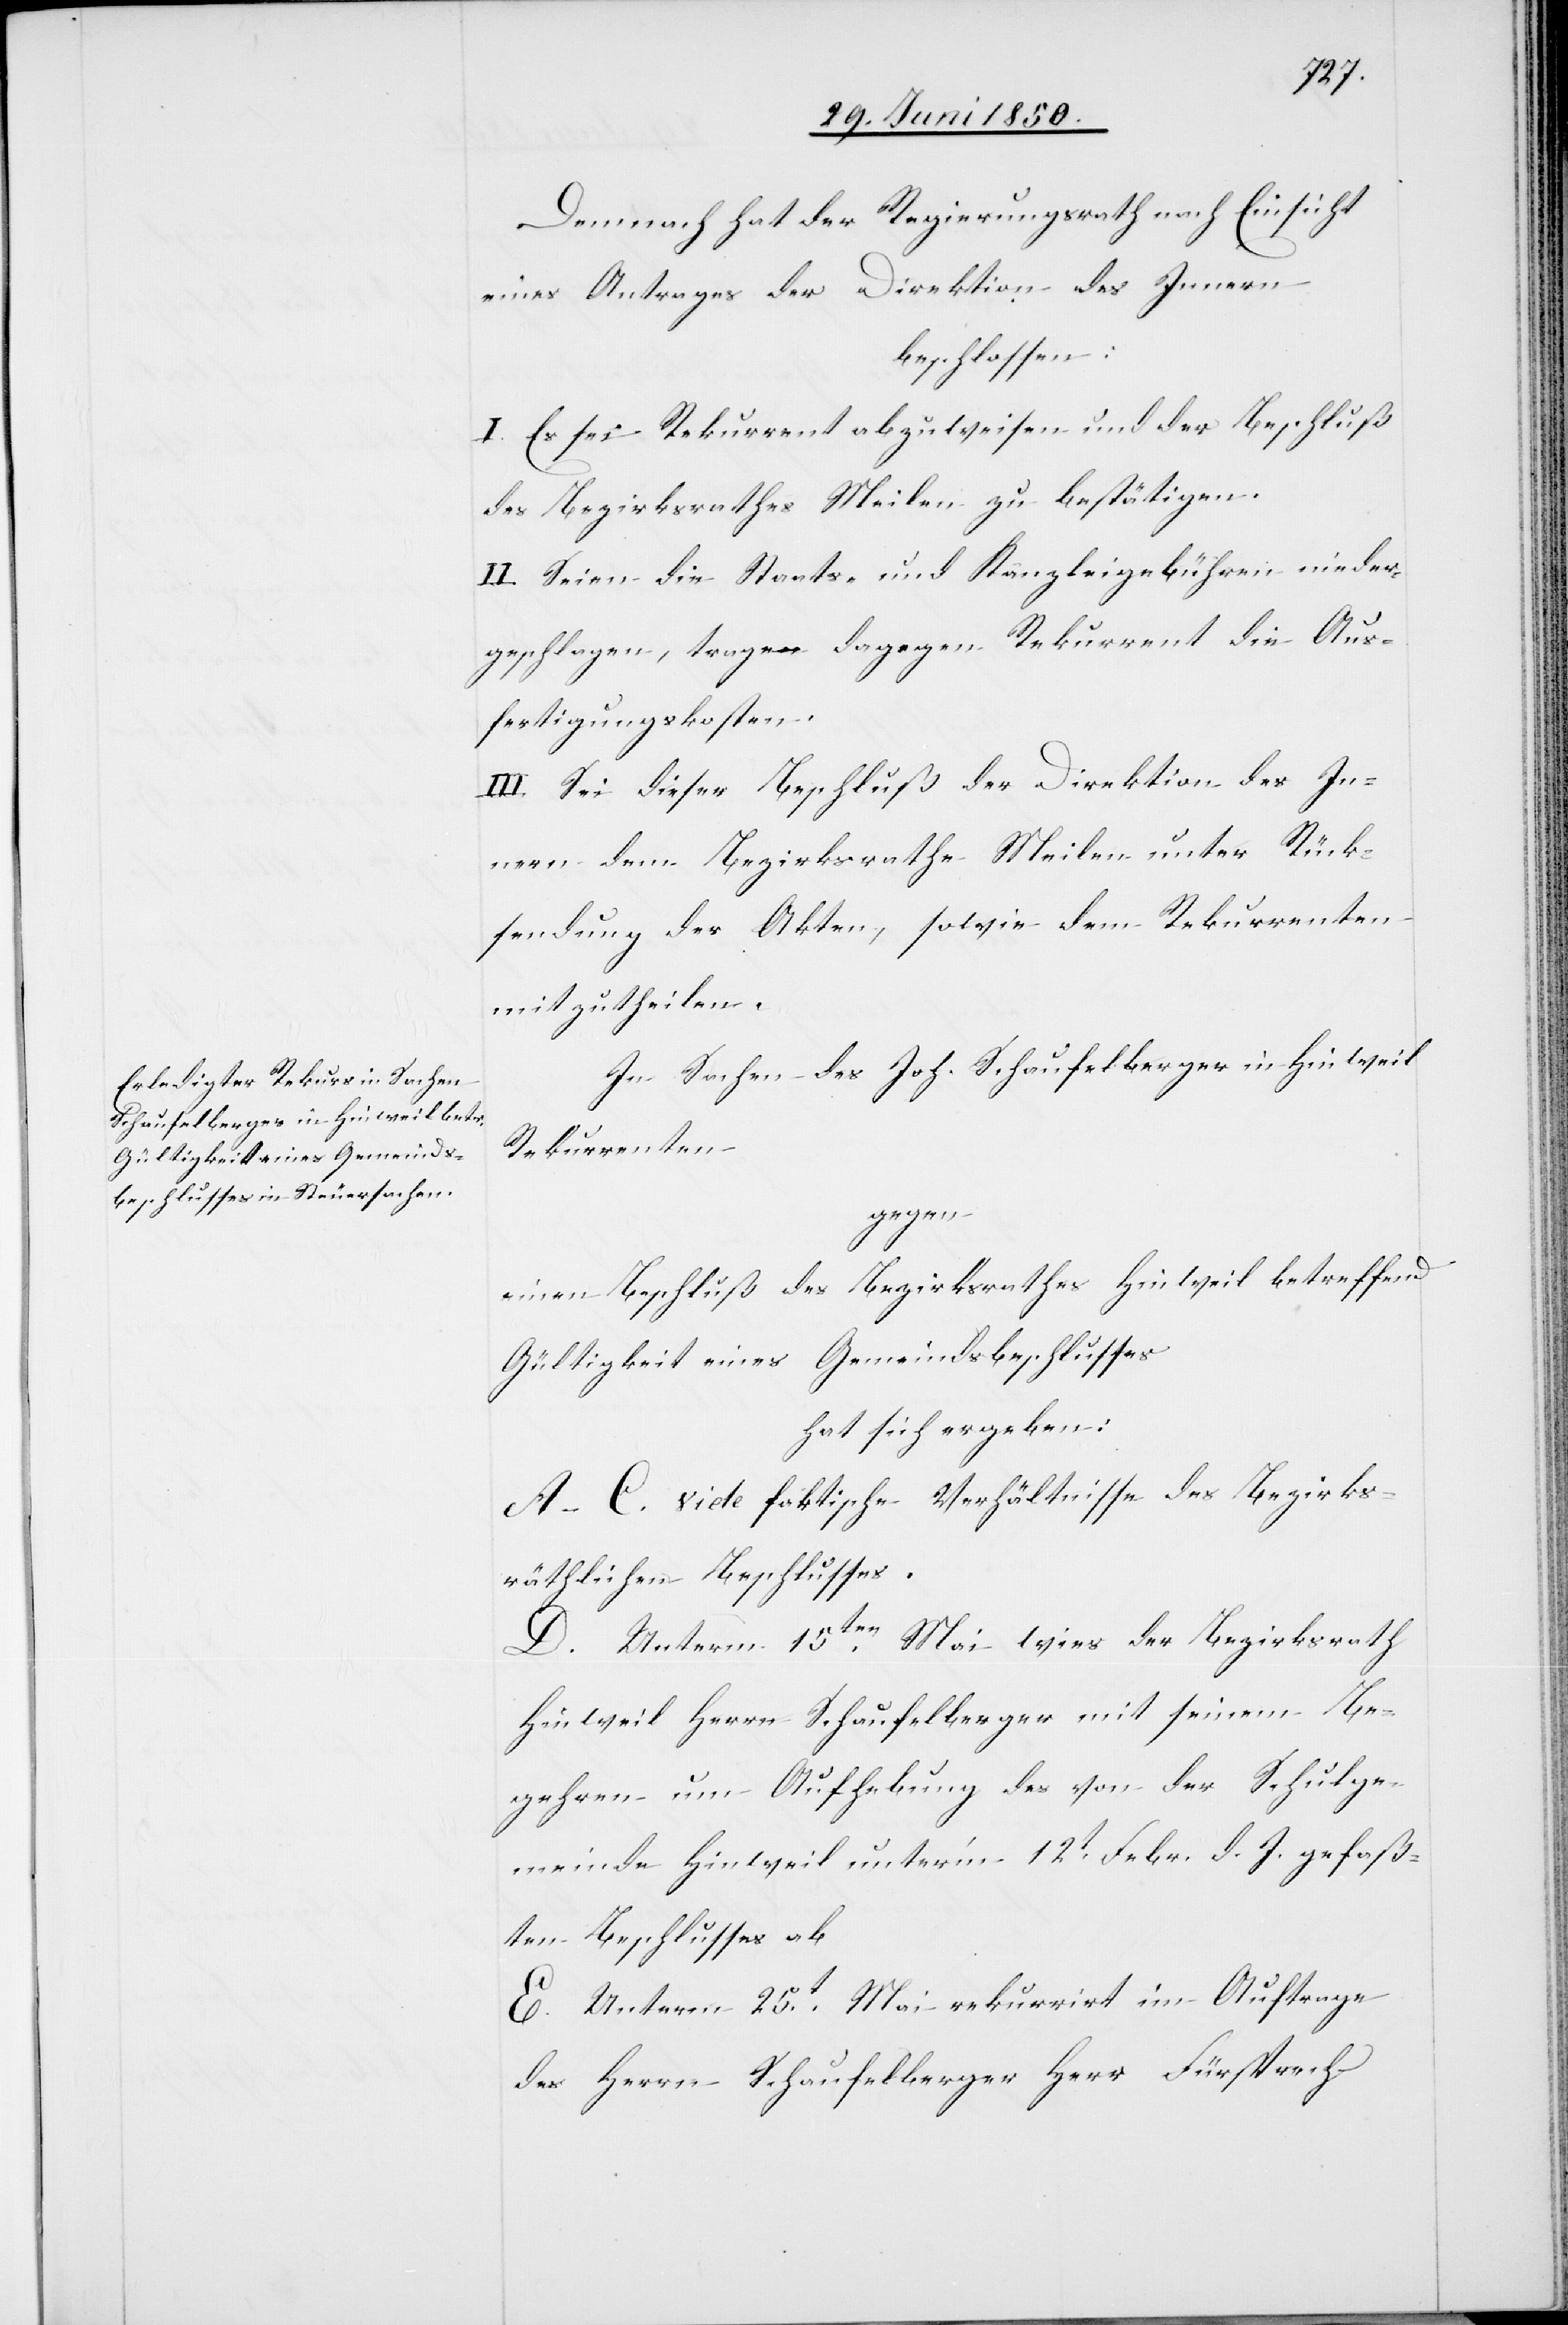
Demnach hat der Regierungsrath nach Einsicht
eines Antrages der Direktion des Innern
beschlossen:
I. Es sei Rekurrent abzuweisen und der Beschluß
des Bezirksrathes Meilen zu bestätigen.
II. Seien die Staats- und Kanzleigebühren nieder¬
geschlagen, trage dagegen Rekurrent die Aus¬
fertigungskosten.
III. Sei dieser Beschluß der Direktion des In¬
nern dem Bezirksrathe Meilen unter Rück¬
sendung der Akten, sowie dem Rekurrenten
mitzutheilen.
In Sachen des Joh. Schaufelberger in Hinweil
Rekurrenten
gegen
einen Beschluß des Bezirksrathes Hinweil betreffend
Gültigkeit eines Gemeindsbeschlusses
hat sich ergeben:
A–C. vide faktische Verhältnisse des Bezirks¬
räthlichen Beschlusses.
D. Unterm 15ten Mai wies der Bezirksrath
Hinweil Herrn Schaufelberger mit seinem Be¬
gehren um Aufhebung des von der Schulge¬
meinde Hinweil unter’m 12t Febr. d. J. gefaß¬
ten Beschlusses ab
E. Unterm 25t Mai rekurrirt im Auftrage
des Herrn Schaufelberger Herr Fürsprech